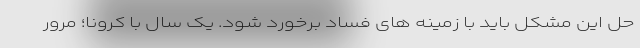
حل این مشکل باید با زمینه های فساد برخورد شود. یک سال با کرونا؛ مرور